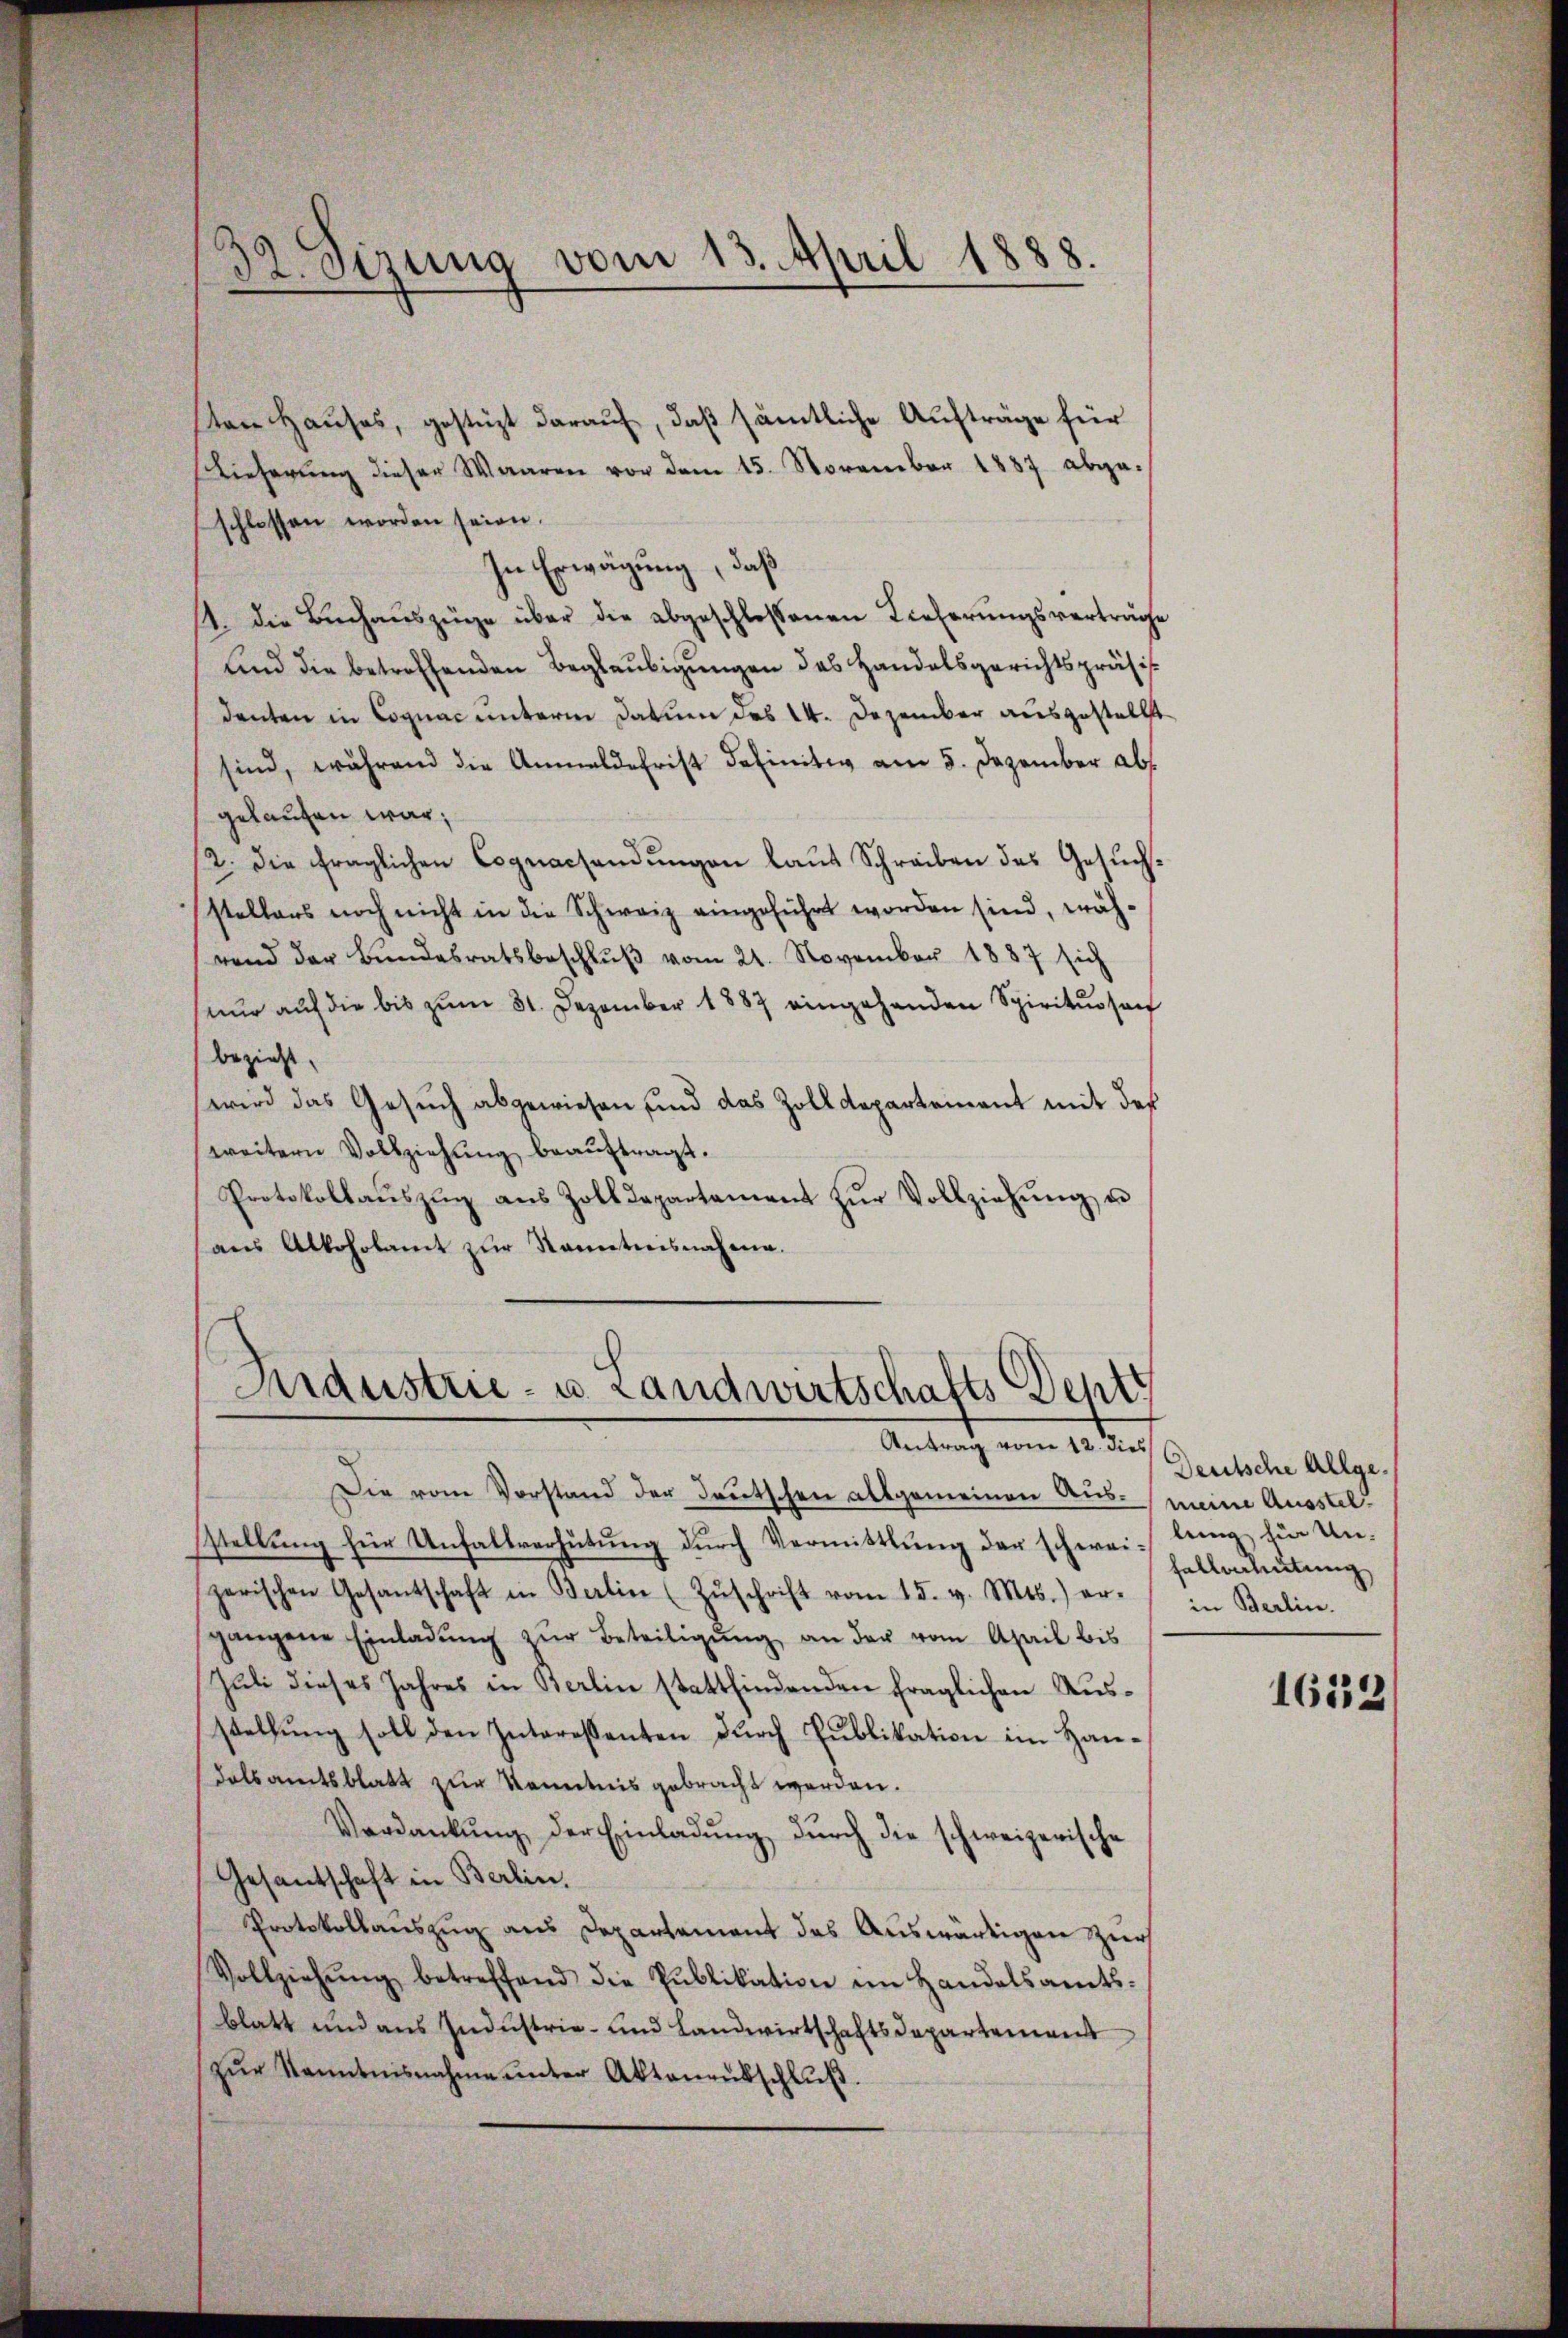
32. Sizung vom 13. April 1888.

ton Hauses, gestüzt darauf, daß sämtliche Aufträge für
Lieferung dieser Waaren von dem 15. November 1887 abgeschlossen worden seien.
In Erwägung, daß
11. Die Bŭchaŭszüge über die abgeschlossenen Lieferŭngsverträge
und die betreffenden Beglaubigungen das Handelsgerichtspräsi
denten in Cognac unterm Datum das 14. Dezember ausgestellt
sind, während die Anmeldefrist definitiv am 5. Dezember abs
gelaufen war;
12. die fraglichen Cognacsendŭngen laŭt Schreiben des Gesŭch-
stellers noch nicht in die Schweiz eingeführt worden sind, während der Bŭndesratsbeschlŭβ vom 21. November 1887 sich
(nur auf die bis zum 31. Dezember 1887 eingehenden Spiritursach
bezieht,
wird das Gesuch abgewiesen und das Zolldepartement mit des
weitern Vollziehŭng beaŭftragt.
Protokollaŭszŭg aŭs Zolldepartament zŭr Vollziehŭng u
aŭs Alkoholamt zŭr Kenntnisnahme.

Industrie- u. Landwirtschafts Depti
Antrag vom 12. dies

Die vom Vorstand der Deutschen allgemeinen Aus- meine Ausstelstellung für Unfallverhütung durch Vermittlung der schwei- lung für Unzerischen Gesantschaft in Berlin (Zŭschrift vom 15. v. Mts.) er- in Berlin.
gangene Einladŭng zŭr Beteiligŭng an der vom April bis
Juli dieses Jahres in Berlin stattfindenden fraglichen Ausstellung soll den Interessenten durch Publikation im Handalsamtsblatt zur Kenntnis gebracht werden.
Verdankŭng der Einladŭng durch die schweizerische
Gesandschaft in Berlin,
Protokollauszug aus Departement des Auswärtigen zur
Vollziehŭng betreffend die Publikation im Handelsamts-
blatt und aus Industrie- und Landwirtschaftsdepartement
zŭr Kenntnisnahme ŭnter Aktenaŭsschlŭβ.

Deutsche Allgehallerleitung

1652